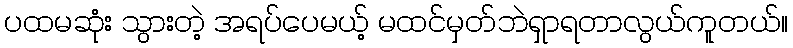
ပထမဆုံး သွားတဲ့ အရပ်ပေမယ့် မထင်မှတ်ဘဲရှာရတာလွယ်ကူတယ်။